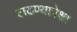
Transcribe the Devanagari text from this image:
लढण्यापेक्षा